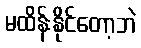
မထိန်းနိုင်တော့ဘဲ